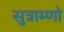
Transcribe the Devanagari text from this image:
सुत्राम्णो